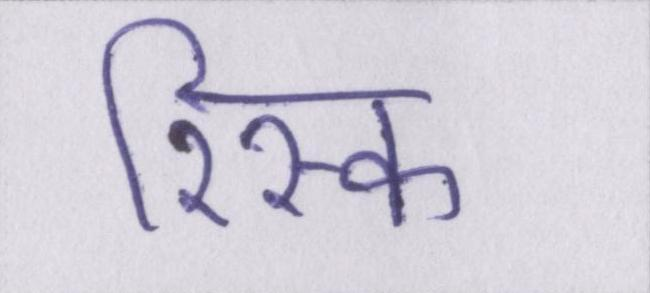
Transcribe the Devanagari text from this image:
रिस्क